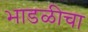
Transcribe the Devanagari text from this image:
भाडळीचा